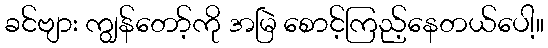
ခင်ဗျား ကျွန်တော့်ကို အမြဲ စောင့်ကြည့်နေတယ်ပေါ့။